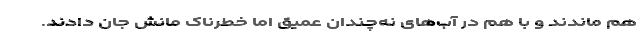
هم ماندند و با هم در آب‌های نه‌چندان عمیق اما خطرناک مانش جان دادند.